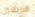
الاربعين